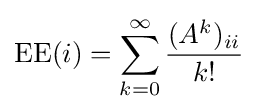
\operatorname {EE} (i)=\sum _{k=0}^{\infty }{\frac {(A^{k})_{ii}}{k!}}